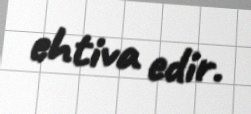
ehtiva edir.